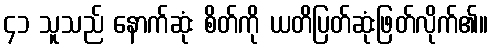
၄၁ သူသည် နောက်ဆုံး စိတ်ကို ယတိပြတ်ဆုံးဖြတ်လိုက်၏။